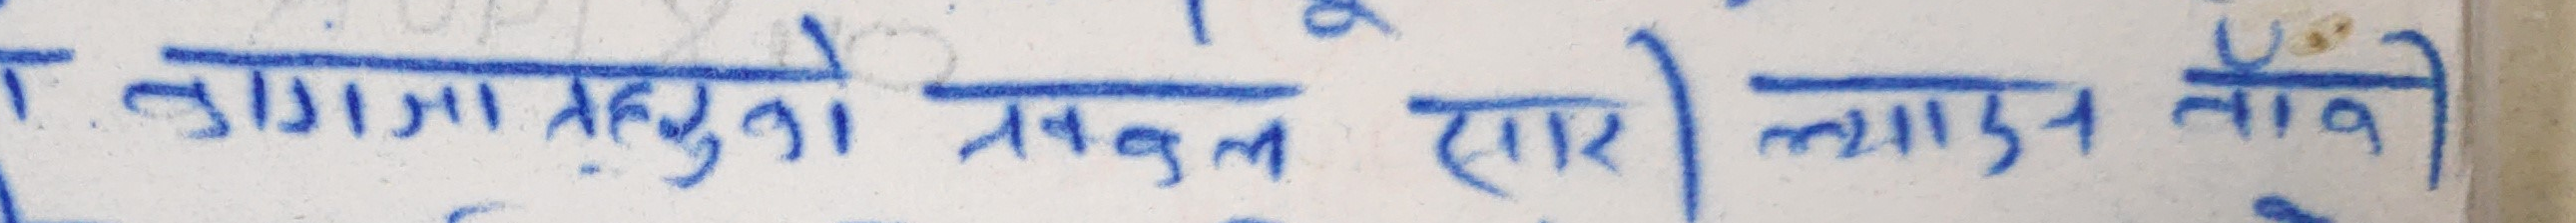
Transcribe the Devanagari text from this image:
त. लगाउनुहोला सक्क (सार्) ल्याउन लागी